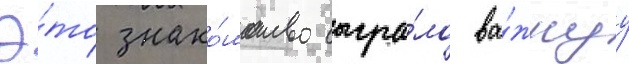
Э́то знако́мство сыгра́ло ва́жнуу